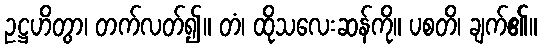
ဥဋ္ဌဟိတွာ၊ တက်လတ်၍။ တံ၊ ထိုသလေးဆန်ကို။ ပစတိ၊ ချက်၏။